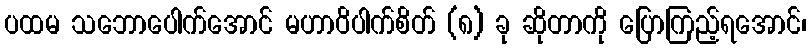
ပထမ သဘောပေါက်အောင် မဟာဝိပါက်စိတ် (၈) ခု ဆိုတာကို ပြောကြည့်ရအောင်၊